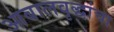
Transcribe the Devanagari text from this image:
आबालवृद्धांचा